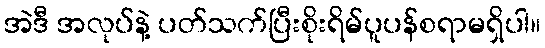
အဲဒီ အလုပ်နဲ့ ပတ်သက်ပြီးစိုးရိမ်ပူပန်စရာမရှိပါ။